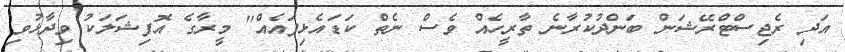
އަދި ރެޖިސްޓްރޭޝަން ބަންދުކުރާނެ ތާރީހެއް ވެސް ނެތް ކަޑައެޅިފައެއް" މީރާގެ އޮފިޝަލަކު ވިދާޅުވި